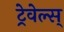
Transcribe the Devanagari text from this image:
ट्रेवेल्स्